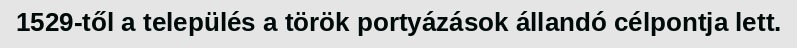
1529-től a település a török portyázások állandó célpontja lett.